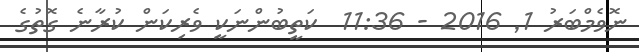
ނޮވެމްބަރު 1